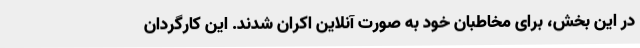
در این بخش، برای مخاطبان خود به صورت آنلاین اکران شدند. این کارگردان